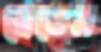
হেতেম